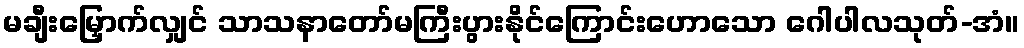
မချီးမြှောက်လျှင် သာသနာတော်မကြီးပွားနိုင်ကြောင်းဟောသော ဂေါပါလသုတ်-အံ။